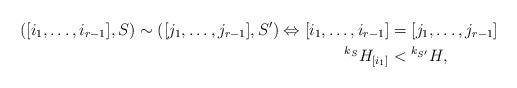
LaTeX: \begin{align*}([i_1,\ldots,i_{r-1}],S)\sim ([j_1,\ldots,j_{r-1}],S')\Leftrightarrow [i_1,\ldots,i_{r-1}]&=[j_1,\ldots,j_{r-1}]\\{}^{k_S}H_{[i_1]}&<{}^{k_{S'}}H,\end{align*}